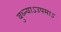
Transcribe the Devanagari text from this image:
बुध्न्याऽउपमाऽ